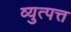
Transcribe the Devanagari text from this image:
व्युत्पत्त